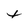
Character: t